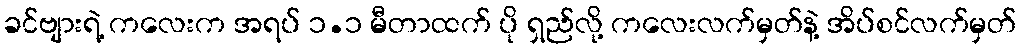
ခင်ဗျားရဲ့ ကလေးက အရပ် ၁.၁ မီတာထက် ပို ရှည်လို့ ကလေးလက်မှတ်နဲ့ အိပ်စင်လက်မှတ်